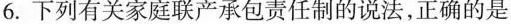
6.下列有关家庭联产承包责任制的说法，正确的是